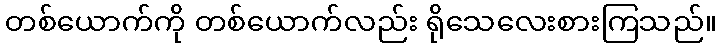
တစ်ယောက်ကို တစ်ယောက်လည်း ရိုသေလေးစားကြသည်။